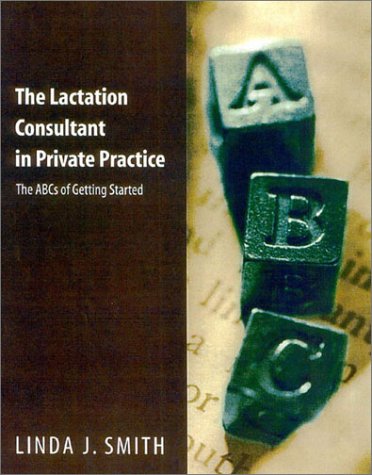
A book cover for The Lactation Consultant in Private Practice: The ABCs of Getting Started; Linda J. Smith; Medical Books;